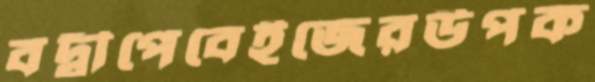
বদ্বীপেবেইজেরউপক